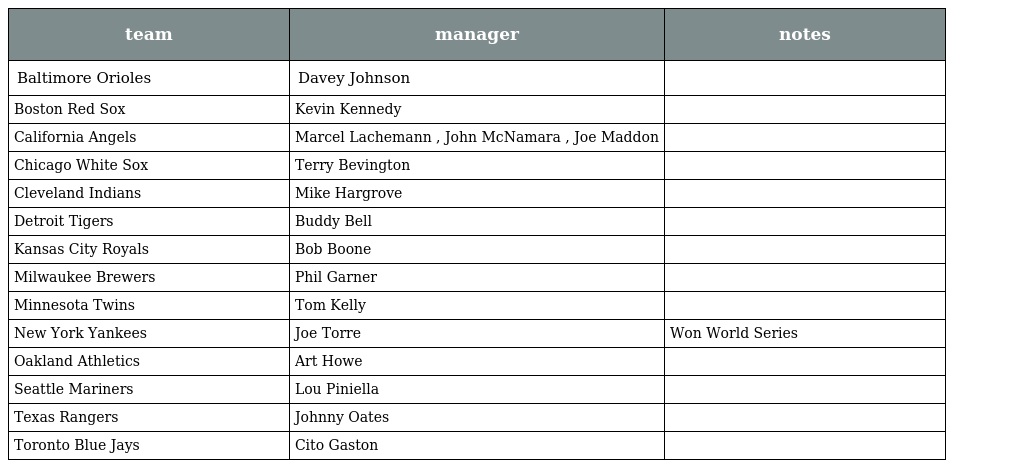
| team | manager | notes |
 | --- | --- | --- |
 | Baltimore Orioles | Davey Johnson |  |
 | Boston Red Sox | Kevin Kennedy |  |
 | California Angels | Marcel Lachemann , John McNamara , Joe Maddon |  |
 | Chicago White Sox | Terry Bevington |  |
 | Cleveland Indians | Mike Hargrove |  |
 | Detroit Tigers | Buddy Bell |  |
 | Kansas City Royals | Bob Boone |  |
 | Milwaukee Brewers | Phil Garner |  |
 | Minnesota Twins | Tom Kelly |  |
 | New York Yankees | Joe Torre | Won World Series |
 | Oakland Athletics | Art Howe |  |
 | Seattle Mariners | Lou Piniella |  |
 | Texas Rangers | Johnny Oates |  |
 | Toronto Blue Jays | Cito Gaston |  |